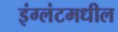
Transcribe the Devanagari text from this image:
इंग्लंटमधील